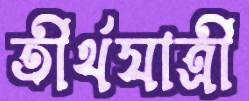
তীর্থযাত্রী